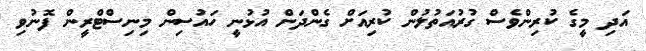
އަދި މީގެ ކުރިންވެސް ގުރުއަތުލުން ކުރިއަށް ގެންދަން އުޅުނީ ހައުސިން މިނިސްޓްރީން ފޮނުވި